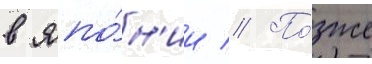
в япо́н'ии // По́зже